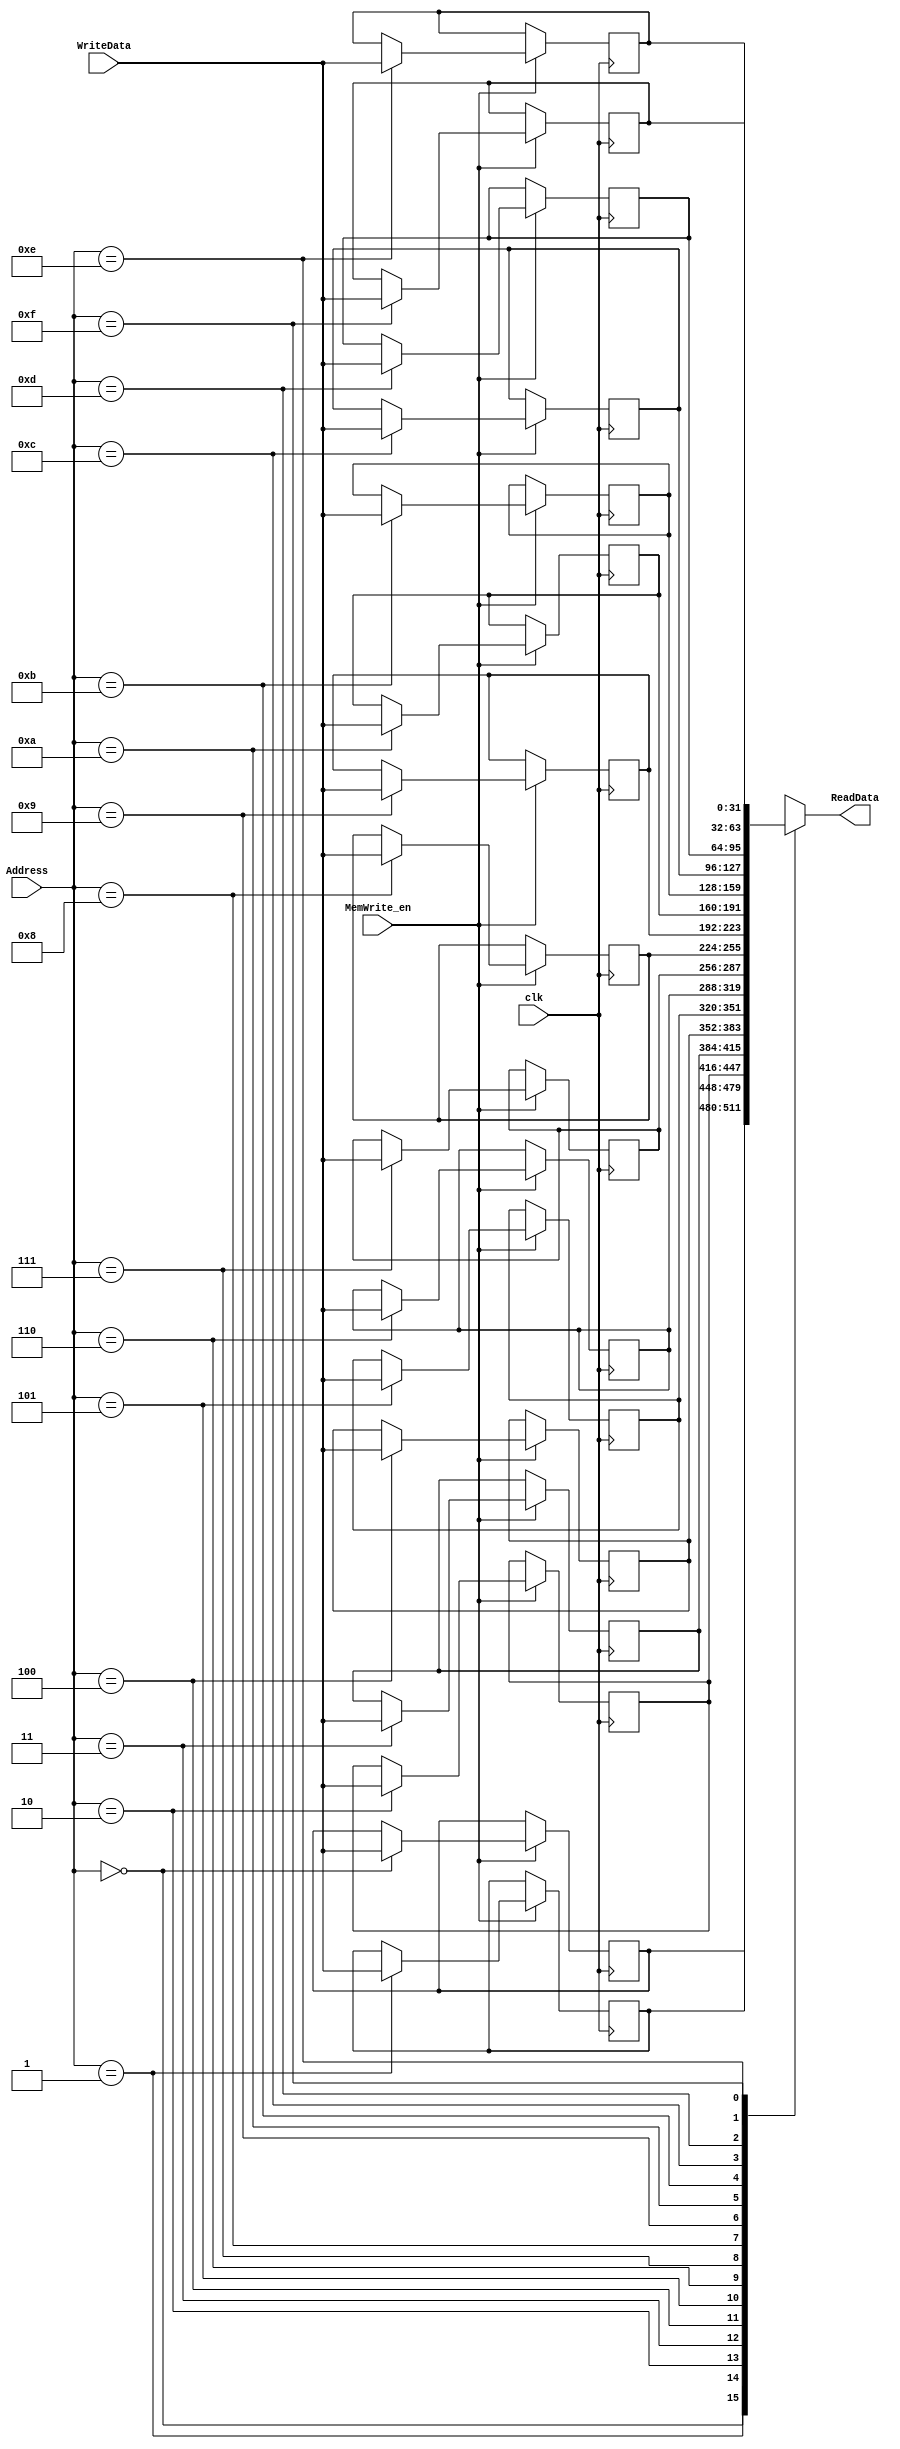

module Data_Mem #(
	parameter 	DATA_WIDTH = 32,
					ADDR_WIDTH = 4,
					RAM_DEPTH = 1 << ADDR_WIDTH
)
(
input clk,
input [ADDR_WIDTH-1:0] Address,
input [DATA_WIDTH-1:0] WriteData, 
//input MemRead_en,
input MemWrite_en,
output [DATA_WIDTH-1:0]ReadData
);          

/*****************ASSEMBLER DEFINES****************/
localparam OpR_Type = 6'b000_000;
localparam OpSW 	= 6'b100_011;
localparam OpLW 	= 6'b101_011;
localparam OpBEQ 	= 6'b000_100;
localparam OpADDI 	= 6'b000_011;
localparam OpJMP 	= 6'b000_010;

localparam	AND	  	= 3'b000,
			OR		= 3'b001,
			ADD 	= 3'b010,
			SUBTRCT	= 3'b110,
			SRL		= 3'b100,
			SLL		= 3'b101,
			XOR		= 3'b111;
			
localparam 	R0	= 5'b0_0000,
			R1	= 5'b0_0001,
			R2	= 5'b0_0010,
			R3	= 5'b0_0011,
			R4	= 5'b0_0100,
			R5	= 5'b0_0101,
			R6	= 5'b0_0110,
			R7	= 5'b0_0111,
			R8	= 5'b0_1000,
			R9	= 5'b0_1001,
			R10	= 5'b0_1010,
			R11	= 5'b0_1011,
			R12 = 5'b0_1100,
			R13	= 5'b0_1101,
			R14	= 5'b0_1110,
			R30 = 5'b1_1110,
			R31 = 5'b1_1111;
/*****************ASSEMBLER DEFINES****************/ 





reg [(DATA_WIDTH-1):0]   DataOut_reg;
reg [(DATA_WIDTH-1):0] memory [(RAM_DEPTH-1):0];
integer i;
initial begin

	for(i=3; i<=(2**ADDR_WIDTH)-1; i=i+1) begin
		//memory[i] = {(DATA_WIDTH-1){1'b0}};
		memory[i] = i;
	end
	//memory[0] = 32'b000000_00001_00010_01010_00000_000000; //and entre R1 y R2 se almaena en R10
	//memory[0] = 32'b000000_00001_00010_01010_00000_000010; //suma entre R1 y R2 se almaena en R10
	//memory[0] = 32'b000000_00001_00010_01010_00000_000110; //resta entre R1 y R2 se almaena en R10
	//memory[0] = 32'b000000_00001_00010_01010_00000_000100;	 //SRL  entre R1 y R2 se almaena en R10
	//memory[0] = 32'b000000_00001_00010_01010_00000_000101;	 //SLL  entre R1 y R2 se almaena en R10
	//memory[0] = 32'b000000_00001_00010_01010_00000_000111;	 //Xor  entre R1 y R2 se almaena en R10
	//memory[0] = 32'b101011_00001_00010_00000_00000_000111;	 //SW  entre R1 y R2 se almaena en 9
	//memory[0] = 32'b101011_00001_00010_00000_00000_000111;	 //LW  entre 9 R1 y R2 se almaena en R2
	//memory[0] = 32'b000100_00001_00010_00000_00000_000101;	 //Beq offset de 5 para ir a instr 6
	//memory[0] = 32'b000100_00101_00011_00000_00000_000010;	 //Beq R3 R5offset de 5 para ir a instr 6
	
	//memory[0] = 32'b000011_00001_00010_00000_00000_000111;	 // ADDI 
	
	ADDI_Fnct(R0,R3, 16'h00_FA,memory[0] );	 	//cargar un valor en un reg3
	ADDI_Fnct(R0,R2, 16'h00_01,memory[1] );		//cargar el valor del incremento en el reg2
	memory[2] = 32'b000000_00010_00011_11111_00000_000010;	//add r31=r2 +r3
	memory[3] = 32'b000000_00010_00011_00011_00000_000010;	//add R31=R3+R31
	ADDI_Fnct(R3,R31, 16'h00_00,memory[4] );		
	memory[5] = 32'b000010_00000_00000_00000_00000_000011;	 //jump a insrt 3
	//ADD_Fnct(R3,R2,R31,memory[2] );		//cargar el valor en el registro de envio sumadole cero
	//J_Fnct(28'd2,memory[3] );
	//ADDI_Fnct(R0, R3,16'h00_FF,memory[4] );//Poner en el reg el valor a decrementar para el delay
	//decrementar el valor del reg hasta cero
	
	//memory[1] = 32'b000000_00001_00010_01010_00000_000010; //suma entre R1 y R2 se almaena en R10
	//memory[2] = 32'b101011_00001_00010_00000_00000_000111;	 //LW  entre R1 y R2 se almaena en 9
	
	//memory[4] = 32'hAB1E;////
	//memory[5] = 32'hAB2E;
	//memory[6] = 32'b000000_00001_00010_01010_00000_000000;	 //SRL  entre R1 y R2 se almaena en R10
	//memory[7] = 32'hAB6E;
	memory[8] = 32'h1B6E;
	memory[9] = 32'hA26E;
	memory[10] = 32'hA36E;
	memory[11] = 32'hAB4E;
	
end

//initial begin
// $readmemh("vectors.vec", mem);
//end

//initial begin 
//	mem[0] = 'h0;
//	mem[1] = 32'h00000FFA;
//	mem[2] = 32'h0000BFFA;
//end
//write
always @ (posedge clk)
begin
   if ( MemWrite_en ) begin
       memory[Address] <= WriteData;
   end
end

//read
always @ (Address, MemWrite_en, clk)
begin 
    
      DataOut_reg = memory[Address];
    
end

assign ReadData = DataOut_reg;
//
//genvar j;
//generate
// for(j=0; j < DATA_WIDTH; j=j+1) begin: block_generate_Ands
//	and myAnd(ReadData[j],DataOut_reg[j], MemRead_en);
// end
//endgenerate


/**********************************ASSEMBLER********************************/


task ADD_Fnct;
input [4:0] RS;
input [4:0] RD;
input [4:0] RT;
output [31:0] Instr;
	begin
		Instr = {OpR_Type, RS, RT, RD, 7'b0_0000, ADD};
	end
endtask

task ADDI_Fnct;
input [4:0] RS;
input [4:0] RT;
input [15:0] OpADDI_Val;
output [31:0] Instr;
	begin
		Instr = {OpADDI, RS, RT, OpADDI_Val};
	end
endtask

task SUB_Fnct;
input [4:0] RS;
input [4:0] RD;
input [4:0] RT;
output [31:0] Instr;
	begin
		Instr = {OpR_Type, RS, RT, RD, 7'b0_0000, SUBTRCT};
	end
endtask

task SRL_Fnct;
input [4:0] RS;
input [4:0] RD;
input [4:0] RT;
output [31:0] Instr;
	begin
		Instr = {OpR_Type, RS, RT, RD, 7'b0_0000, SRL};
	end
endtask

task SLL_Fnct;
input [4:0] RS;
input [4:0] RD;
input [4:0] RT;
output [31:0] Instr;
	begin
		Instr = {OpR_Type, RS, RT, RD, 7'b0_0000, SLL};
	end
endtask

task AND_Fnct;
input [4:0] RS;
input [4:0] RD;
input [4:0] RT;
output [31:0] Instr;
	begin
		Instr = {OpR_Type, RS, RT, RD, 7'b0_0000, AND};
	end
endtask

task XOR_Fnct;
input [4:0] RS;
input [4:0] RD;
input [4:0] RT;
output [31:0] Instr;
	begin
		Instr = {OpR_Type, RS, RT, RD, 7'b0_0000, XOR};
	end
endtask

task LW_Fnct;
input [4:0] RS;
input [4:0] RT;
input [15:0] ADDRS;
output [31:0] Instr;
	begin
		Instr = {OpLW, RS, RT, ADDRS};
	end
endtask

task SW_Fnct;
input [4:0] RS;
input [4:0] RT;
input [15:0] ADDRS;
output [31:0] Instr;
	begin
		Instr = {OpSW, RS, RT, ADDRS};
	end
endtask

task BEQ_Fnct;
input [4:0] RS;
input [4:0] RT;
input [15:0] ADDRS;
output [31:0] Instr;
	begin
		Instr = {OpBEQ, RS, RT, ADDRS};
	end
endtask

task J_Fnct;
input [27:0] ADDRS;
output [31:0] Instr;
	begin
		Instr = {OpJMP, ADDRS};
	end
endtask


endmodule // End of Module ram_sp_ar_aw